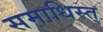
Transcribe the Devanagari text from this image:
समाधिस्त्